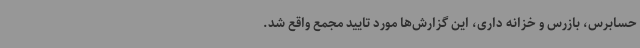
حسابرس، بازرس و خزانه داری، این گزارش‌ها مورد تایید مجمع واقع شد.